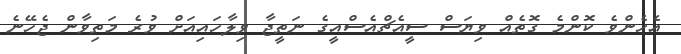
އެހެންވެ ކޮންމެ ގޮތެއް ވިޔަސް ސީއެޗްއެސްއީގެ ނަތީޖާ ވިލާހައިއަށް ވުރެ މަތިވާން ޖެހޭނެ